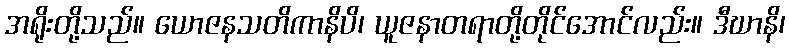
အရိုးတို့သည်။ ယောဇနသတိကာနိပိ၊ ယူဇနာတရာတို့တိုင်အောင်လည်း။ ဒီဃာနိ၊